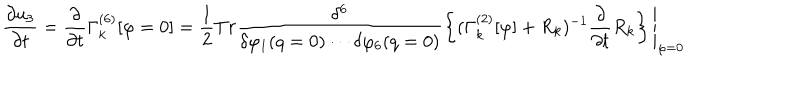
\frac { \partial { u _ { 3 } } } { \partial { t } } = \frac { \partial } { \partial { t } } \Gamma _ { k } ^ { ( 6 ) } [ \varphi = 0 ] = \frac { 1 } { 2 } { T } { r } \frac { \delta ^ { 6 } } { \delta \varphi _ { 1 } ( q = 0 ) \cdots \delta \varphi _ { 6 } ( q = 0 ) } \left\{ ( \Gamma _ { k } ^ { ( 2 ) } [ \varphi ] + { R } _ { k } ) ^ { - 1 } \frac { \partial } { \partial { t } } { R } _ { k } \right\} \Bigg \vert _ { \varphi = 0 }